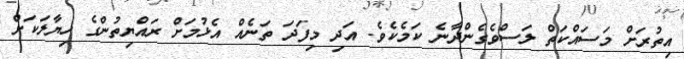
އިތުރަށް މަސައްކަތް ލަސްވެގެންދާނެ ކަމެކެވެ. އަދި މިފަދަ ތަނެއް އެޅުމަށް ރައްޔިތުންގެ ހިޔާލަކަށް